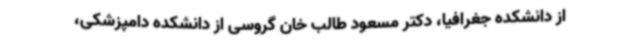
از دانشکده جغرافیا، دکتر مسعود طالب خان گروسی از دانشکده دامپزشکی،